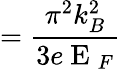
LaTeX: =\frac{\pi^{2}k_{B}^{2}}{3e\mathrm{~E~}_{F}}